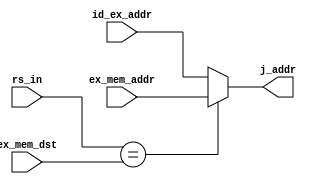
//JumpSel.v

module JumpSel(
	input wire [4:0] rs_in,
	input wire [4:0] ex_mem_dst,
	input wire [31:0] ex_mem_addr,
	input wire [31:0] id_ex_addr,
	output reg [31:0] j_addr
	);
	
	always @* begin
		
		if (rs_in == ex_mem_dst) begin
			j_addr = ex_mem_addr;
		end else begin
			j_addr = id_ex_addr;
		end
	end
endmodule